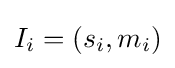
I_{i}=(s_{i},m_{i})